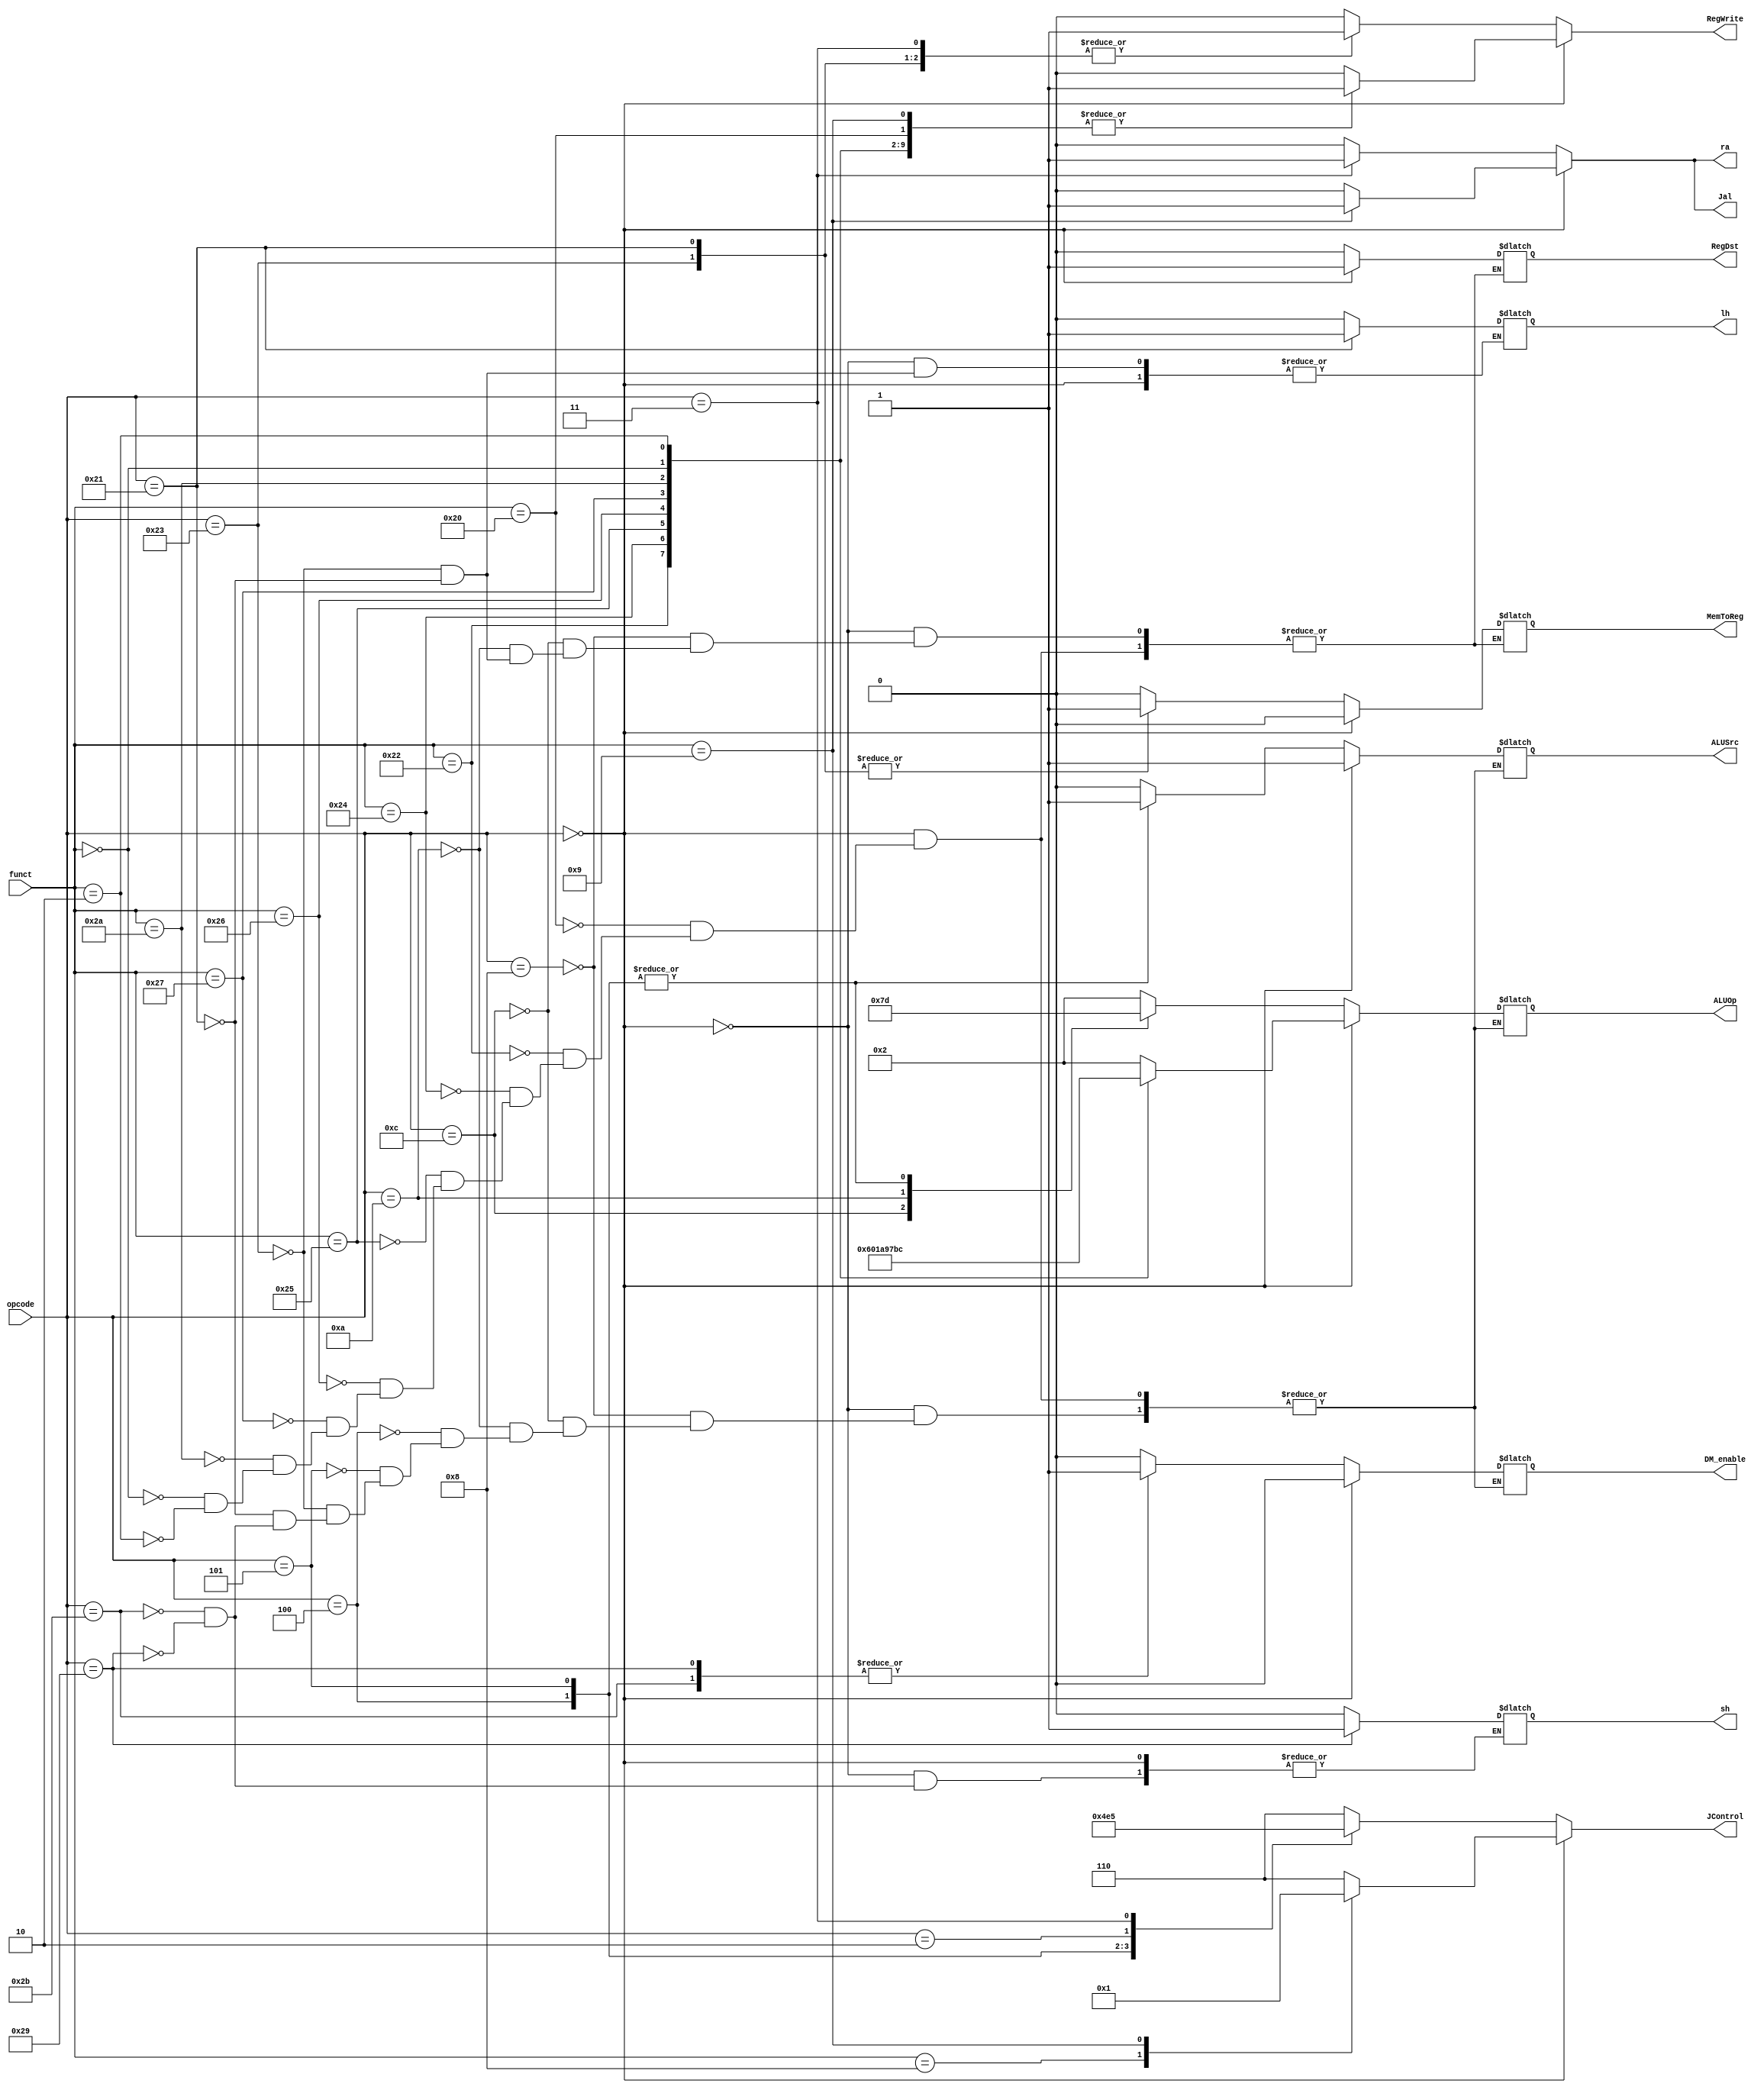
// Controller
module Controller ( opcode,
					funct,
					// write your code in here
					//mux
					RegDst,
					ra,
					ALUSrc,
					lh,
					sh,
					MemToReg,
					Jal,
					//DM
					DM_enable,
					//Regfile
					RegWrite,
					//ALU
					ALUOp,
					//JumpCtrl
					JControl
					);

		input  [5:0] opcode;
    input  [5:0] funct;

		// write your code in here

		//mux
		output reg RegDst;
		output reg ra;
		output reg ALUSrc;
		output reg lh;
		output reg sh;
		output reg MemToReg;
		output reg Jal;
		//output
		output reg [3:0] ALUOp;
		output reg [2:0] JControl;
		output reg RegWrite;
		output reg DM_enable;

		always @(opcode or funct) begin
			if(opcode == 6'b000000) begin
				ra <= 0;
				RegWrite <= 0;
				Jal <= 0;
				JControl <= 6;  //normal
				case (funct)
					//R-format
					6'b100000:  //add
					begin
						RegDst <= 1;
						ALUSrc <= 1;
						MemToReg <= 0;
						RegWrite <= 1;
						ALUOp <= 2;
						DM_enable <= 0;
					end
					6'b100010:  //sub
					begin
						RegDst <= 1;
						ALUSrc <= 1;
						MemToReg <= 0;
						RegWrite <= 1;
						ALUOp <= 6;
						DM_enable <= 0;
					end
					6'b100100:  //and
					begin
						RegDst <= 1;
						ALUSrc <= 1;
						MemToReg <= 0;
						RegWrite <= 1;
						ALUOp <= 0;
						DM_enable <= 0;
					end
					6'b100101:  //or
					begin
						RegDst <= 1;
						ALUSrc <= 1;
						MemToReg <= 0;
						RegWrite <= 1;
						ALUOp <= 1;
						DM_enable <= 0;
					end
					6'b100110:  //xor
					begin
						RegDst <= 1;
						ALUSrc <= 1;
						MemToReg <= 0;
						RegWrite <= 1;
						ALUOp <= 10;
						DM_enable <= 0;
					end
					6'b100111:  //nor
					begin
						RegDst <= 1;
						ALUSrc <= 1;
						MemToReg <= 0;
						RegWrite <= 1;
						ALUOp <= 9;
						DM_enable <= 0;
					end
					6'b101010:  //slt
					begin
						RegDst <= 1;
						ALUSrc <= 1;
						MemToReg <= 0;
						RegWrite <= 1;
						ALUOp <= 7;
						DM_enable <= 0;
					end
					6'b000000:  //sll
					begin
						RegDst <= 1;
						ALUSrc <= 1;
						MemToReg <= 0;
						RegWrite <= 1;
						ALUOp <= 11;
						DM_enable <= 0;
					end
					6'b000010:  //srl
					begin
						RegDst <= 1;
						ALUSrc <= 1;
						MemToReg <= 0;
						RegWrite <= 1;
						ALUOp <= 12;
						DM_enable <= 0;
					end
					6'b001000:  //jr
					begin
						ra <= 0;
						Jal <= 0;
						RegWrite <= 0;
						JControl <= 0;
					end
					6'b001001:  //jalr
					begin
						ra <= 1;
						Jal <= 1;
						RegWrite <= 1;
						JControl <= 1;
					end
					default:;
				endcase
			end
			else begin
				Jal <= 0;
				JControl <= 6;  //normal
				RegWrite <= 0;
				ra <= 0;
				case (opcode)
					//I-format
					6'b001000:  //addi
					begin
						RegDst <= 0;
						ALUSrc <= 0;
						MemToReg <= 0;
						RegWrite <= 1;
						ALUOp <= 2;
						DM_enable <= 0;
					end
					6'b001100:  //andi
					begin
						RegDst <= 0;
						ALUSrc <= 0;
						MemToReg <= 0;
						RegWrite <= 1;
						ALUOp <= 0;
						DM_enable <= 0;
					end
					6'b001010:  //slti
					begin
						RegDst <= 0;
						ALUSrc <= 0;
						MemToReg <= 0;
						RegWrite <= 1;
						ALUOp <= 7;
						DM_enable <= 0;
					end
					6'b000100:  //beq
					begin
						ALUSrc <= 1;
						RegWrite <= 0;
						ALUOp <= 13;
						DM_enable <= 0;
						ra <= 0;
						Jal <= 0;
						JControl <= 2;
					end
					6'b000101:  //bne
					begin
						ALUSrc <= 1;
						RegWrite <= 0;
						ALUOp <= 13;
						DM_enable <= 0;
						ra <= 0;
						Jal <= 0;
						JControl <= 3;
					end
					6'b100011:  //lw
					begin
						RegDst <= 0;
						ALUSrc <= 0;
						MemToReg <= 1;
						RegWrite <= 1;
						ALUOp <= 2;
						lh <= 0;
						DM_enable <= 0;
						Jal <= 0;
					end
					6'b100001:  //lh
					begin
						RegDst <= 0;
						ALUSrc <= 0;
						MemToReg <= 1;
						RegWrite <= 1;
						ALUOp <= 2;
						lh <= 1;
						DM_enable <= 0;
						Jal <= 0;
					end
					6'b101011:  //sw
					begin
						ALUSrc <= 0;
						RegWrite <= 0;
						ALUOp <= 2;
						DM_enable <= 1;
						sh <= 0;
					end
					6'b101001:  //sh
					begin
						ALUSrc <= 0;
						RegWrite <= 0;
						ALUOp <= 2;
						DM_enable <= 1;
						sh <= 1;
					end
					//J-format
					6'b000010:  //j
					begin
						ra <= 0;
						Jal <= 0;
						RegWrite <= 0;
						JControl <= 4;
					end
					6'b000011:  //jal
					begin
						ra <= 1;
						Jal <= 1;
						RegWrite <= 1;
						JControl <= 5;
					end
					default:;
				endcase
			end
		end
endmodule